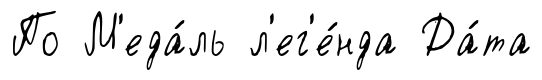
По М'еда́ль л'ег'е́нда Да́та